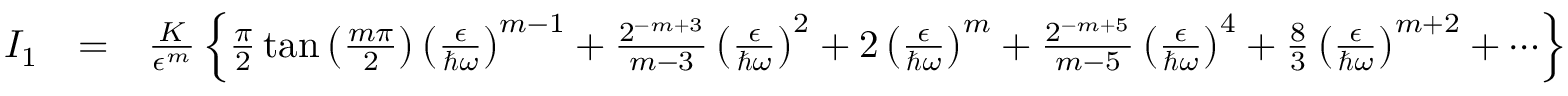
\begin{array} { r l r } { I _ { 1 } } & { = } & { \frac { K } { \epsilon ^ { m } } \left\{ \frac { \pi } { 2 } \tan \left( \frac { m \pi } { 2 } \right) \left( \frac { \epsilon } { \hbar \omega } \right) ^ { m - 1 } + \frac { 2 ^ { - m + 3 } } { m - 3 } \left( \frac { \epsilon } { \hbar \omega } \right) ^ { 2 } + 2 \left( \frac { \epsilon } { \hbar \omega } \right) ^ { m } + \frac { 2 ^ { - m + 5 } } { m - 5 } \left( \frac { \epsilon } { \hbar \omega } \right) ^ { 4 } + \frac { 8 } { 3 } \left( \frac { \epsilon } { \hbar \omega } \right) ^ { m + 2 } + \cdots \right\} } \end{array}